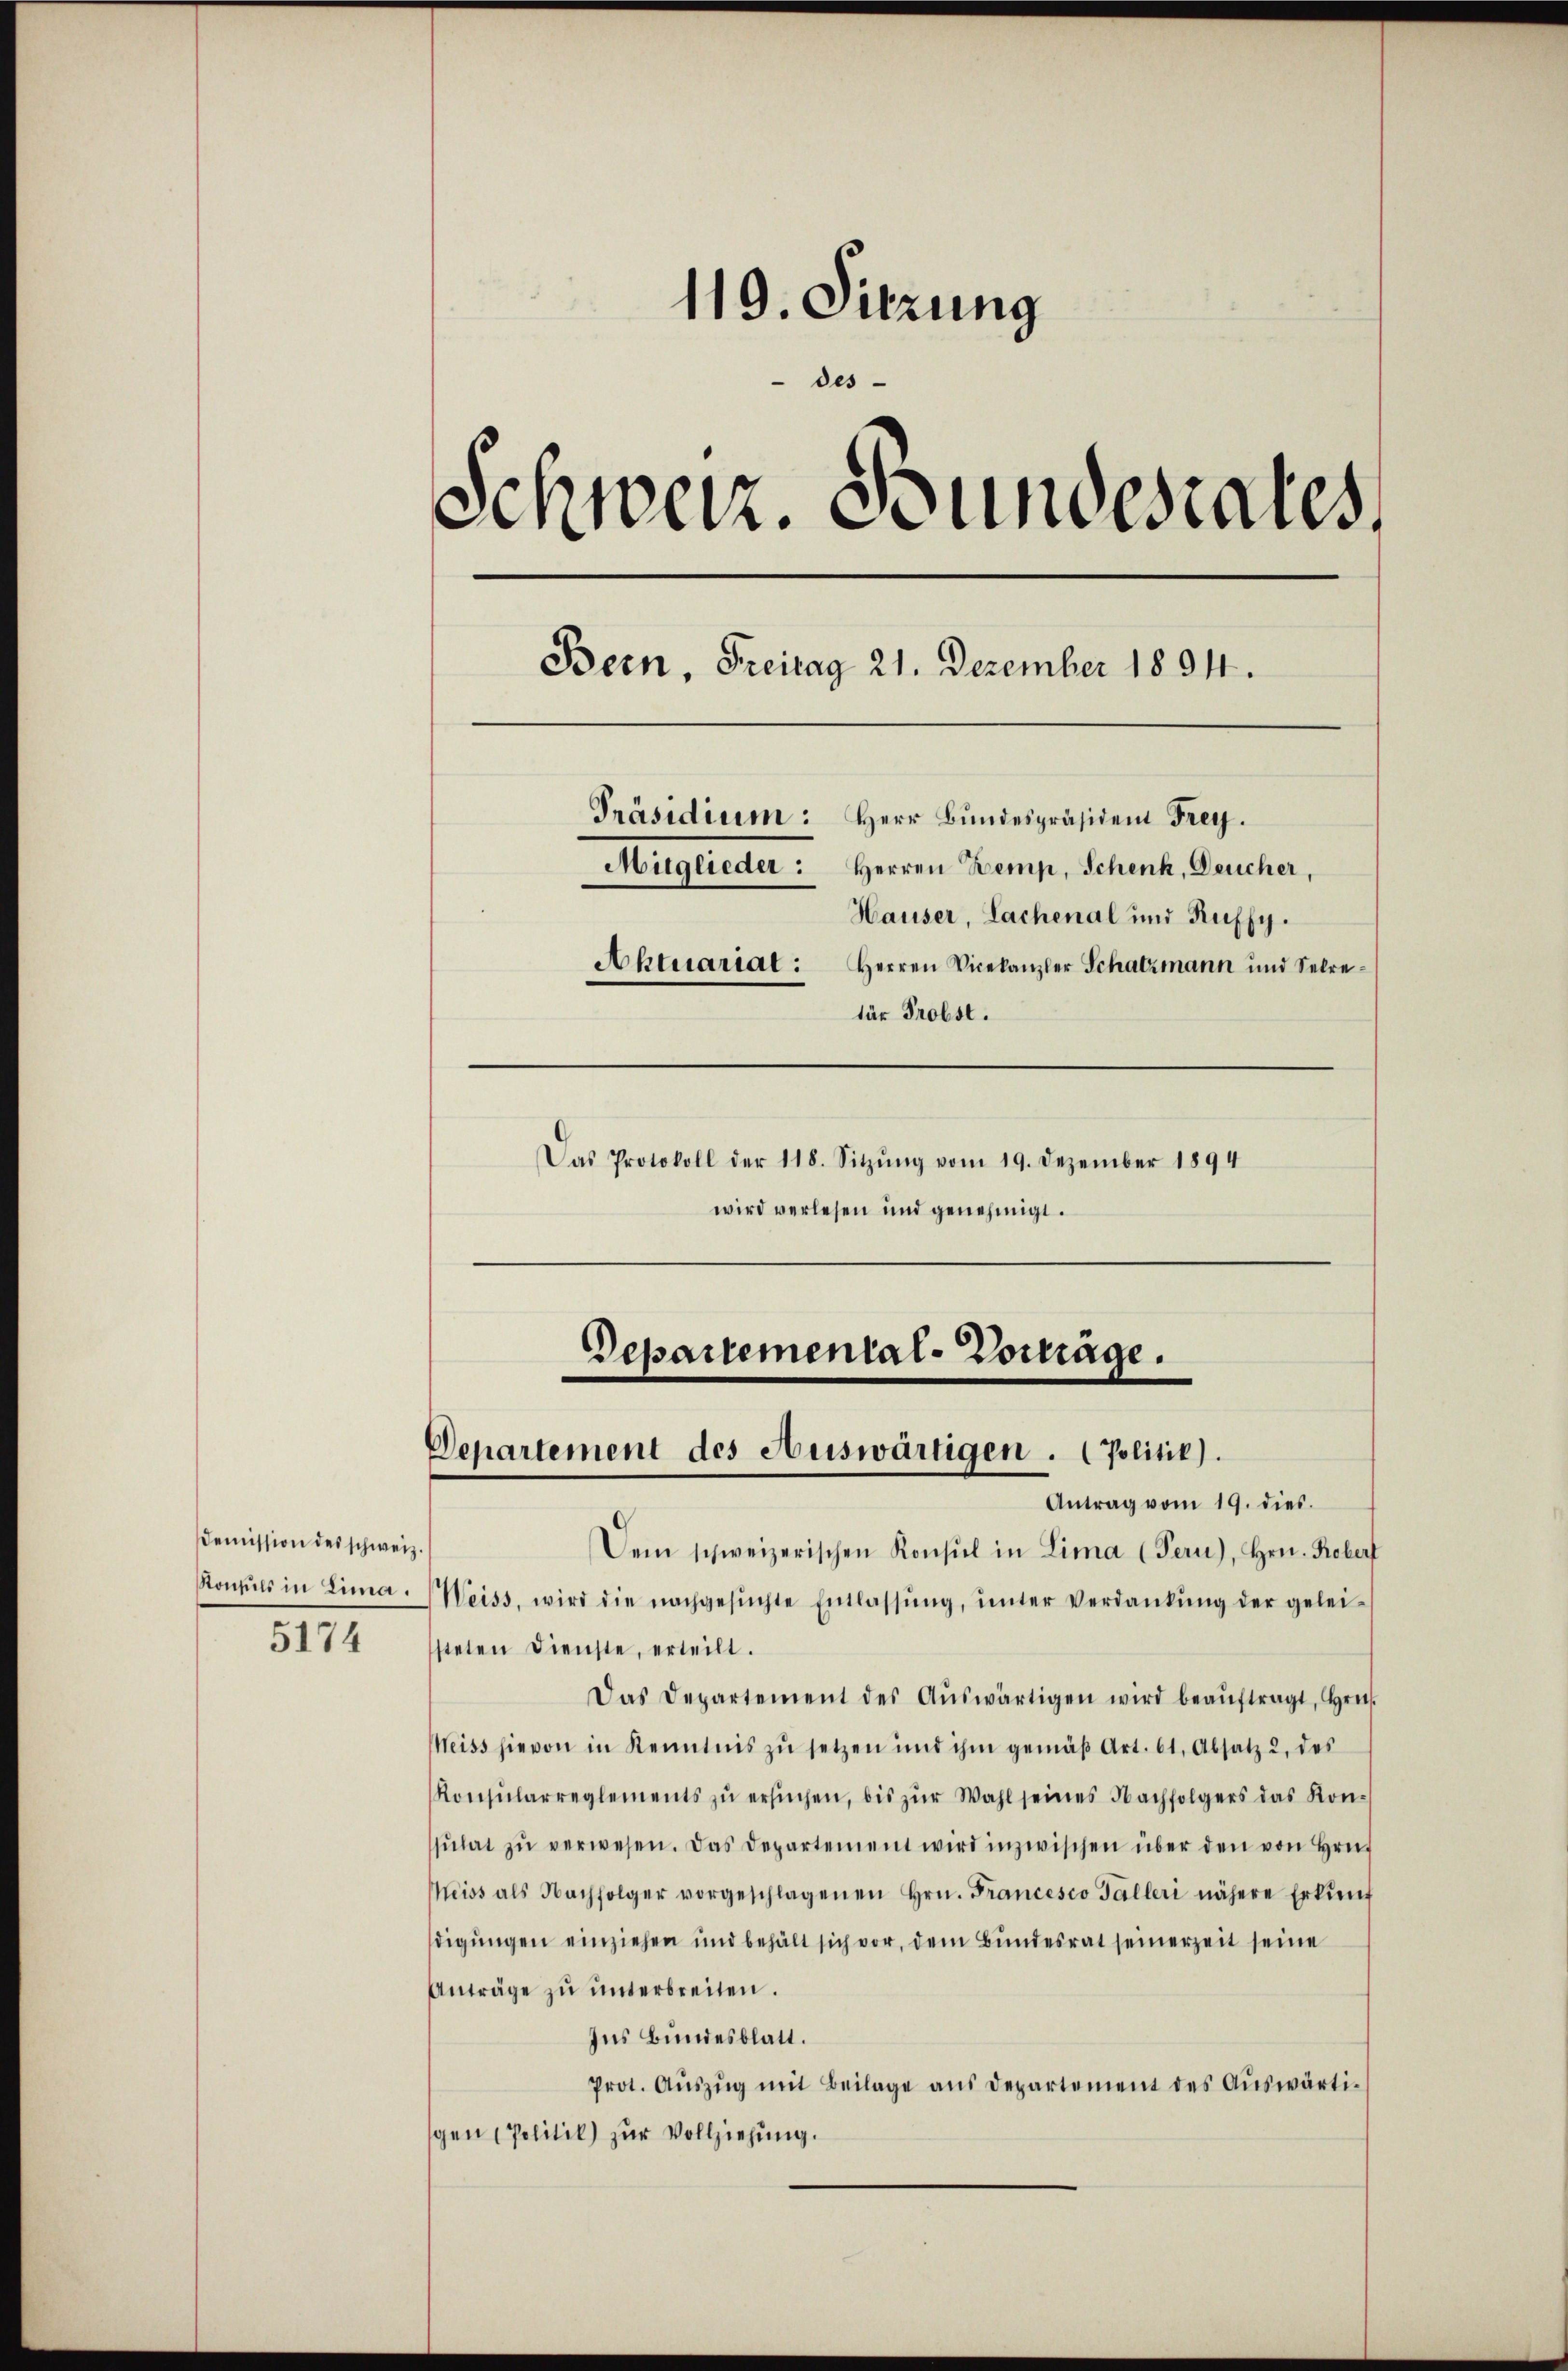
Demission des schweiz.
Konsuls in Lima.
5174

119. Sitzung
des
Schweiz. Bundesrates,
Bern, Freitag 21. Dezember 1894.
Präsidium: Herr Bundespräsident Frey.
Mitglieder: Herren Kemp, Schenk, Deucher,
Hauser, Lachenal und Ruffy.
Aktuariat: Herren Vicekanzler Schatzmann und Sekretür Probst.
Das Protokoll der 118. Sitzŭng vom 19. Dezember 1894

wird verlesen und genehmigt.

Departemenial-Vorträge.
Departement des Auswärtigen. (Politik).
Antrag vom 19. dies.

Dem schweizerischen Konsul in Lima (Pern), Hrn. Roberf
Weiss, wird die nachgesŭchte Entlassŭng ŭnter Verdankŭng der gelei-
steten Dienste, erteilt.
Das Departement des Aŭswärtigen wird beaŭftragt, Hrn.
Weiss hievon in Kenntnis zŭ setzen und ihm gemäβ Art. 61. Absatz 2 des
Konsularreglements zŭ ersŭchen, bis zŭr Wahl seines Nachfolgers das Kon-
sŭlat zŭ verwesen. Das Departement wird inzwischen über den von Hrn.
eiss als Nachfolger vorgeschlagenen Hrn. Francesco Talleri nähere Erkŭng
digungen einziehen und behält sich vor, dem Bundesrat seinerzeit seine
Anträge zŭ ŭnterbreiten.
Ins Bundesblatt.
Prot. Aŭszŭg mit Beilage aus Departement des Auswärtigen (Politik) zur Vollziehung.